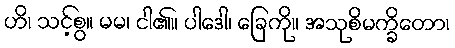
ဟိ၊ သင့်စွ။ မမ၊ ငါ၏။ ပါဒေါ၊ ခြေကို။ အသုစိမက္ခိတော၊